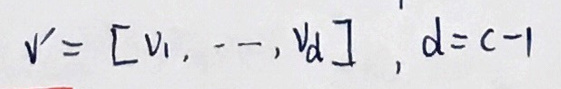
$v' = [ v_1, \cdots, v_d ]', d = c - 1$